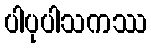
ပါပုပါသကဿ